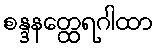
စန္ဒနတ္ထေရဂါထာ